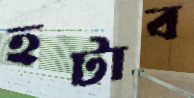
হটাব